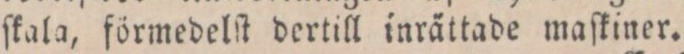
ſkala, förmedelſt dertill inrättade maſkiner.